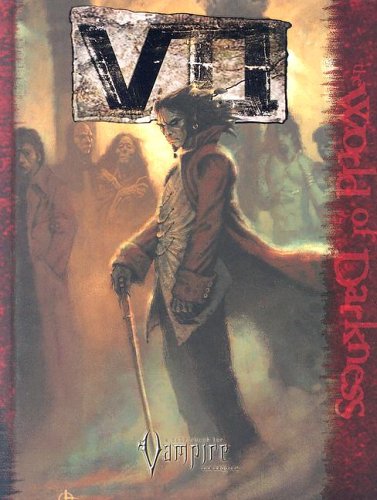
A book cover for VII (Vampire: the Requiem); Christopher Kobar; Science Fiction & Fantasy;